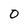
Character: 0